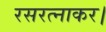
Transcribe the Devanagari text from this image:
रसरत्नाकर।